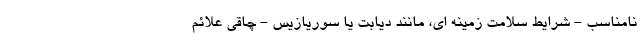
نامناسب - شرایط سلامت زمینه ای، مانند دیابت یا سوریازیس - چاقی علائم